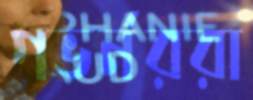
গভর্নররা